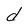
Character: d